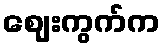
ဈေးကွက်က